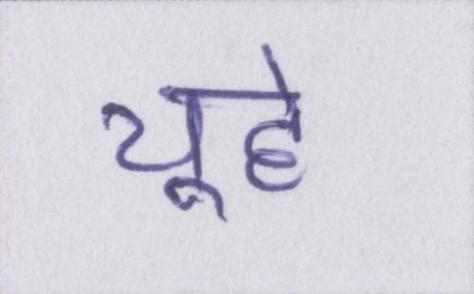
चूहे